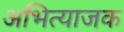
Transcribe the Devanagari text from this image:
अभित्याजक